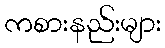
ကစားနည်းများ